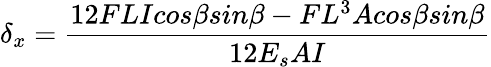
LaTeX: \delta{_x}=\frac{12FLIcos\beta sin\beta-FL^{3}Acos\beta sin\beta}{12E_{s}AI}